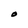
Character: O